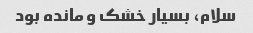
سلام، بسیار خشک و مانده بود